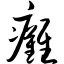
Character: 瘫